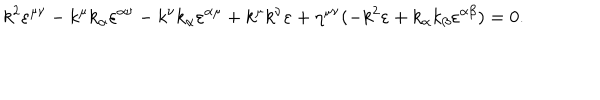
LaTeX: k ^ { 2 } \varepsilon ^ { \mu \nu } - k ^ { \mu } k _ { \alpha } \varepsilon ^ { \alpha \nu } - k ^ { \nu } k _ { \alpha } \varepsilon ^ { \alpha \mu } + k ^ { \mu } k ^ { \nu } \varepsilon + \eta ^ { \mu \nu } ( - k ^ { 2 } \varepsilon + k _ { \alpha } k _ { \beta } \varepsilon ^ { \alpha \beta } ) = 0 .